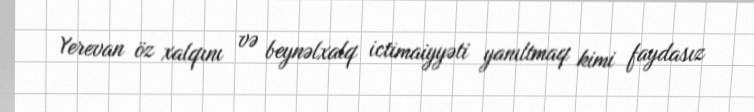
Yerevan öz xalqını və beynəlxalq ictimaiyyəti yanıltmaq kimi faydasız